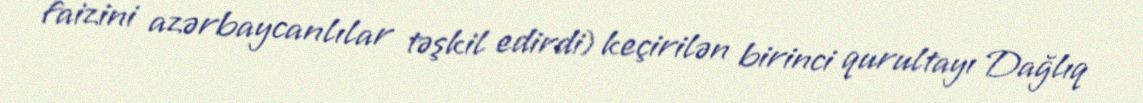
faizini azərbaycanlılar təşkil edirdi) keçirilən birinci qurultayı Dağlıq